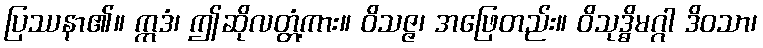
ပြဿနာ၏။ ဣဒံ၊ ဤဆိုလတ္တံ့ကား။ ဝိသဇ္ဇ၊ အဖြေတည်း။ ဝိသုဒ္ဓိမဂ္ဂါ ဒိဝသာ၊